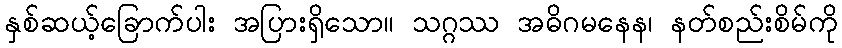
နှစ်ဆယ့်ခြောက်ပါး အပြားရှိသော။ သဂ္ဂဿ အဓိဂမနေန၊ နတ်စည်းစိမ်ကို